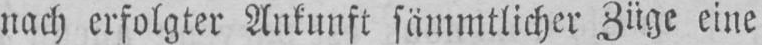
nach erfolgter Ankunft sämmtlicher Züge eine